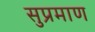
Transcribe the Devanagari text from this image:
सुप्रमाण